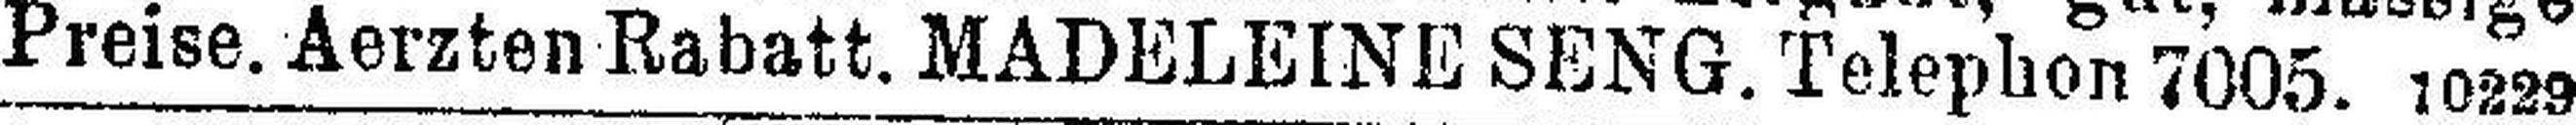
Preise. Aerzten Rabatt. MADELEINE SENG. Telephon 7005. 10229